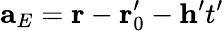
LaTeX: \mathbf{a}_{E}=\mathbf{r}-\mathbf{r}_{0}^{\prime}-\mathbf{h}^{\prime}t^{\prime}